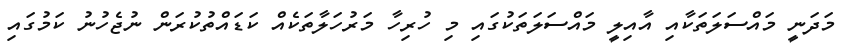
މަދަނީ މައްސަލަތަކާއި އާއިލީ މައްސަލަތަކުގައި މި ހުރިހާ މަރުހަލާތަކެއް ކަޑައްތުކުރަން ނުޖެހުނު ކަމުގައި